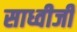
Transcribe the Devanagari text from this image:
साध्वीजी